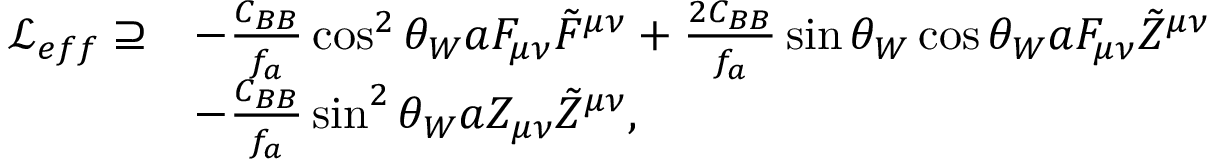
\begin{array} { r l } { \mathcal { L } _ { e f f } \supseteq } & { - \frac { C _ { B B } } { f _ { a } } \cos ^ { 2 } \theta _ { W } a F _ { \mu \nu } \tilde { F } ^ { \mu \nu } + \frac { 2 C _ { B B } } { f _ { a } } \sin \theta _ { W } \cos \theta _ { W } a F _ { \mu \nu } \tilde { Z } ^ { \mu \nu } } \\ & { - \frac { C _ { B B } } { f _ { a } } \sin ^ { 2 } \theta _ { W } a Z _ { \mu \nu } \tilde { Z } ^ { \mu \nu } , } \end{array}